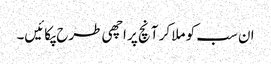
ان سب کو ملا کر آنچ پر اچھی طرح پکائیں۔